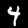
Digit: 4